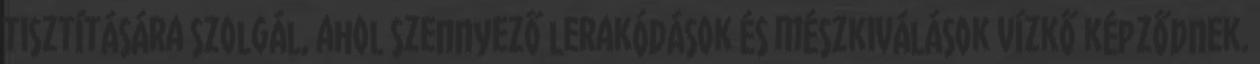
tisztítására szolgál, ahol szennyező lerakódások és mészkiválások vízkő képződnek.